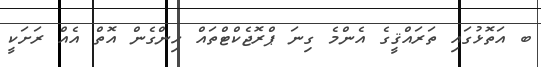
ބ އަތޮޅުގައި ތަރައްޤީގެ އެންމެ ގިނަ ޕްރޮޖެކްޓްތައް ހިންގެން އޮތް އެއް ރަށަކީ